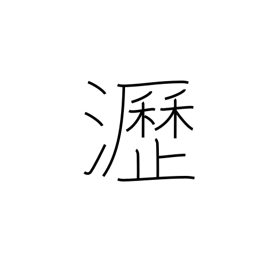
Meaning: dropping